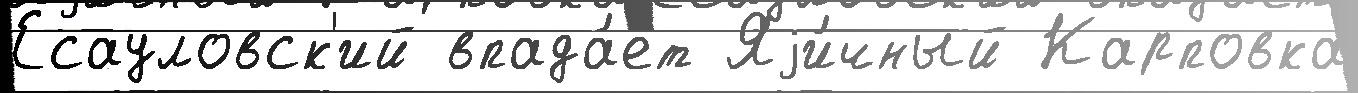
Есауловск'ий впада́ет Яjи́чный Карповка